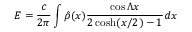
E = { \frac { c } { 2 \pi } } \int \hat { \rho } ( x ) { \frac { \cos \Lambda x } { 2 \cosh ( x / 2 ) - 1 } } d x